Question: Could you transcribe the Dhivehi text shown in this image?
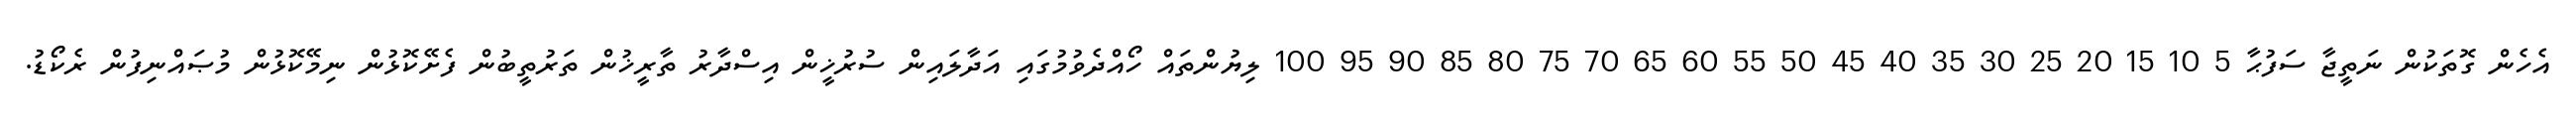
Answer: އެހެން ގޮތަކުން ނަތީޖާ ސަފުޙާ 5 10 15 20 25 30 35 40 45 50 55 60 65 70 75 80 85 90 95 100 ލިޔުންތައް ހޯއްދެވުމުގައި އަދާލައިން ސުރުޚީން އިސްދާރު ތާރީޚުން ތަރުތީބުން ފެށޭކޮޅުން ނިމޭކޮޅުން މުޞައްނިފުން ރެކޯޑު.